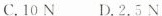
C.10N D.2.5N